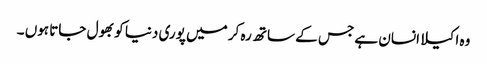
وہ اکیلا انسان ہے جس کے ساتھ رہ کر میں پوری دنیا کو بھول جاتا ہوں ۔